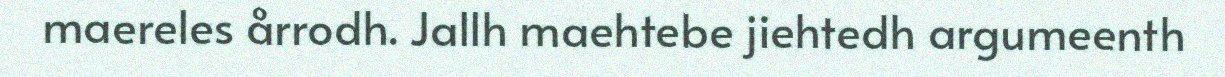
maereles årrodh. Jallh maehtebe jiehtedh argumeenth